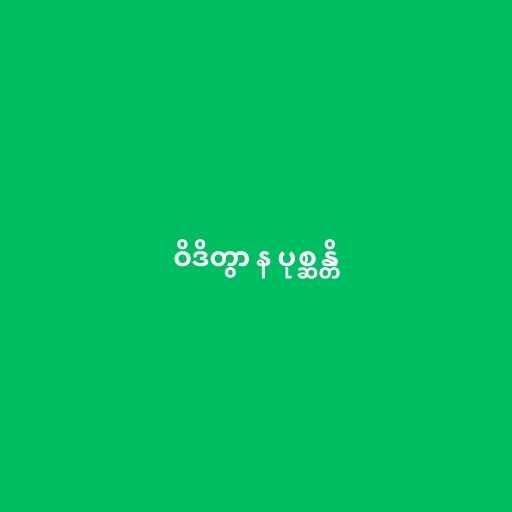
ဝိဒိတွာ န ပုစ္ဆန္တိ